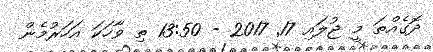
ދޮގެއްތަ މީ ޖުލައި 17